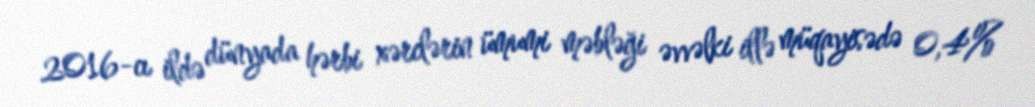
2016-cı ildə dünyada hərbi xərclərin ümumi məbləği əvvəlki illə müqayisədə 0,4%